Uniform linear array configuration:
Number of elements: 64
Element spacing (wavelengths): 0.25
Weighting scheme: blackman
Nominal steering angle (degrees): -15
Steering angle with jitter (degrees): -15.248
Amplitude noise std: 0.05
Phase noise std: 0.05

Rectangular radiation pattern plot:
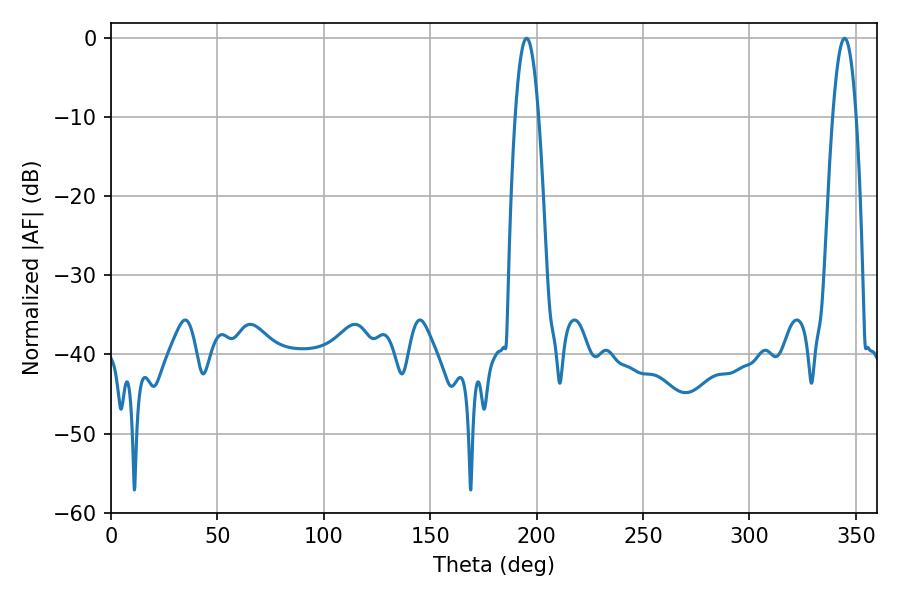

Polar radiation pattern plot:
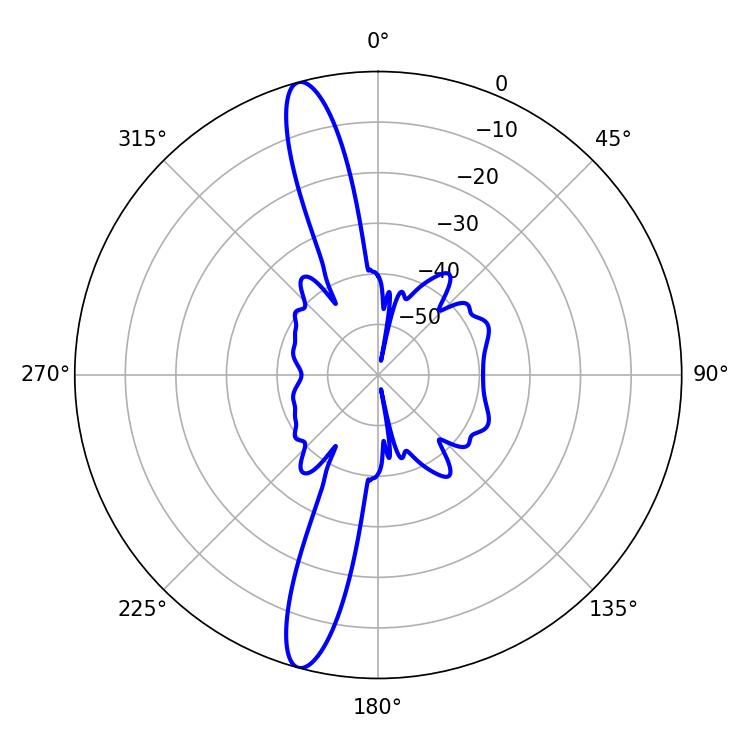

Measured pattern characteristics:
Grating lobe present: FALSE
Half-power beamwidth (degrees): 6.12
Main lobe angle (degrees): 344.7